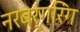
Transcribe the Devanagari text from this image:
नरबर्गरिंग